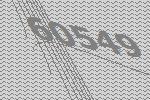
60549